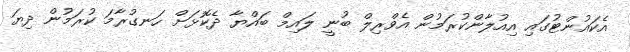
އެކައުންޓުގައި އިއުލާންކުރަމުން އެވްރިލް ބުނީ ލައިމް ބައްޔާ ދެކޮޅަށް ހަނގުރާމަ ކުރަމުން ދިޔަ